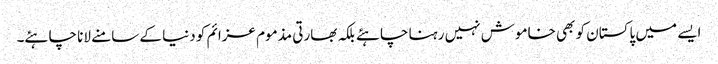
ایسے میں پاکستان کو بھی خاموش نہیں رہنا چاہئے بلکہ بھارتی مذموم عزائم کو دنیا کے سامنے لانا چاہئے۔